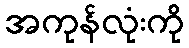
အကုန်လုံးကို